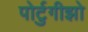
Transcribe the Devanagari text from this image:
पोर्टुगीझो